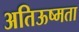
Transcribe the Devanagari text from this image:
अतिऊष्मता